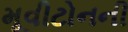
મૂવીટોનની